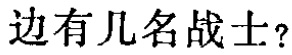
边有几名战士？